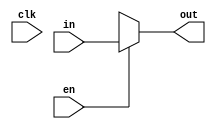
module mux_x(clk, in, en, out);
   input clk, in, en;
   output out;

   assign out = en ? in : 1'bx;

endmodule // latchx